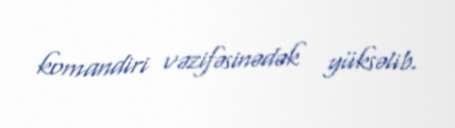
komandiri vəzifəsinədək yüksəlib.